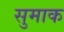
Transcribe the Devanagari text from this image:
सुमाक